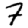
Digit: 7